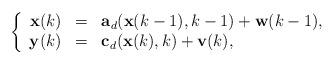
LaTeX: \begin{align*} \left\{\begin{array}[pos]{rcl} \mathbf{x}(k)&=& \mathbf{a}_d(\mathbf{x}(k-1),k-1)+\mathbf{w}(k-1),\\ \mathbf{y}(k)&=&\mathbf{c}_d(\mathbf{x}(k),k)+\mathbf{v}(k),\\\end{array}\right.\end{align*}